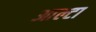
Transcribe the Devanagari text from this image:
आल्टा